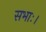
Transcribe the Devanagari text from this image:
सभाः।